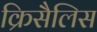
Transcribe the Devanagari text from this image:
क्रिसैलिस